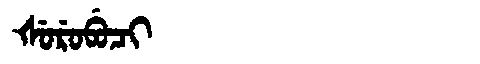
Manchu: ᡧᡠᡵᡠᠪᡠᠴᡳ
Romanization: ŠURUBUCI